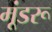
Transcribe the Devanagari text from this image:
मूंडरू